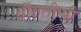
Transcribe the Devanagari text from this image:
दौलतीची